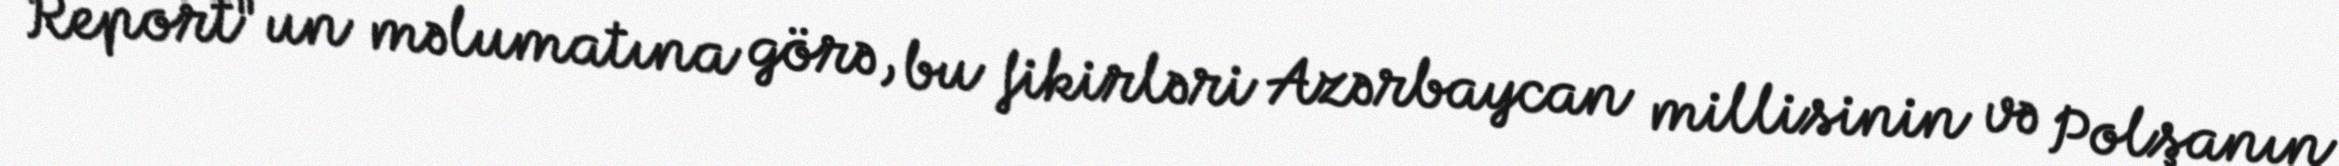
Report"un məlumatına görə, bu fikirləri Azərbaycan millisinin və Polşanın